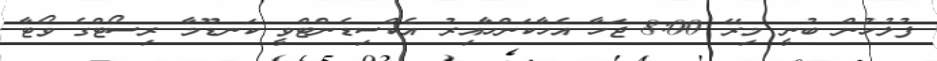
ފުލުހުން ބުނީ މިރޭ 8:00 ޖަހާ އެހާކަންހާއިރު އެކްސިޑެންޓްވީ ކަނޑޫމާ ރިސޯޓްގެ ވޯޓާ